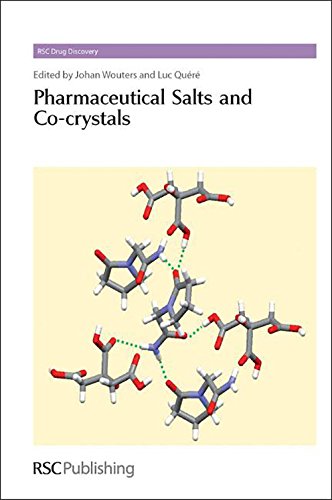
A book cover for Pharmaceutical Salts and Co-crystals: RSC (RSC Drug Discovery); Science & Math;